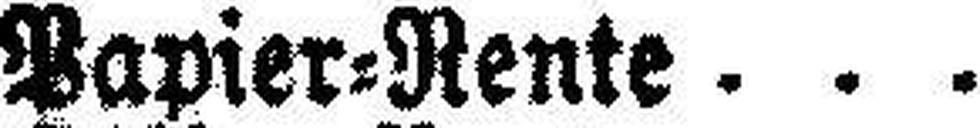
Papier=Rente